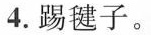
4.踢毽子。